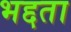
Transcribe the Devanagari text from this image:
भद्दता